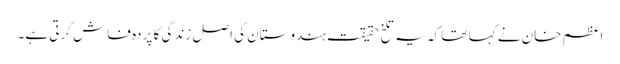
اعظم خان نے کہا تھا کہ یہ تلخ حقیقت ہندوستان کی اصل زندگی کا پردہ فاش کرتی ہے۔